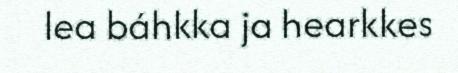
lea báhkka ja hearkkes